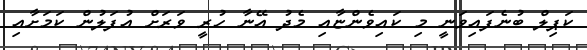
ކަޕިލް ބުނެފައިވަނީ މި ކައިވެންޏާއި މެދު އޭނާ ހުރީ ވަރަށް އުފަލުން ކަމަށާއި